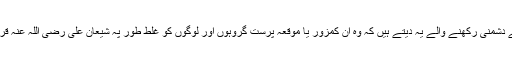
دھوکہ علوی کیمپ سے دشمنی رکھنے والے یہ دیتے ہیں کہ وہ ان کمزور یا موقعہ پرست گروہوں اور لوگوں کو غلط طور پہ شیعان علی رضی اللہ عنہ قرار دینے لگ جاتے ہیں۔